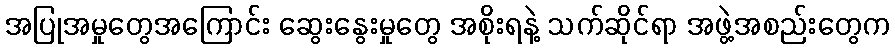
အပြုအမှုတွေအကြောင်း ဆွေးနွေးမှုတွေ အစိုးရနဲ့ သက်ဆိုင်ရာ အဖွဲ့အစည်းတွေက